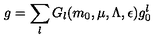
g = \sum _ { l } G _ { l } ( m _ { 0 } , \mu , \Lambda , \epsilon ) g _ { 0 } ^ { l }